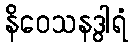
နိဝေသနဒွါရံ